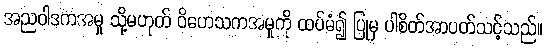
အညဝါဒကအမှု သို့မဟုတ် ဝိဟေသကအမှုကို ထပ်မံ၍ ပြုမှ ပါစိတ်အာပတ်သင့်သည်။